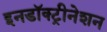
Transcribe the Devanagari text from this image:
इनडॉक्ट्रीनेशन